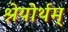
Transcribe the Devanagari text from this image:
श्रेयोर्थम्‌